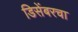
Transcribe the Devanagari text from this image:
डिसेंबरचा